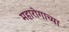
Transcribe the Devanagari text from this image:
महारोगाच्या